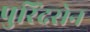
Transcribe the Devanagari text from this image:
पुरिंद्रसेन